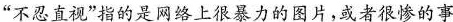
”不忍直视”指的是网络上很暴力的图片，或者很惨的事